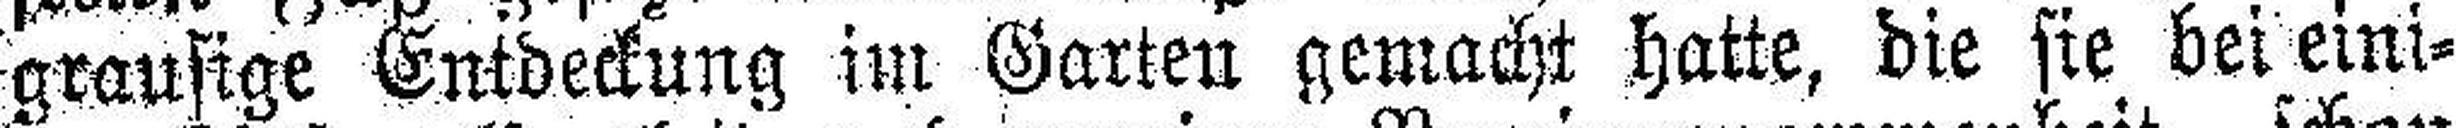
grausige Entdeckung im Garten gemacht hatte, die sie bei eini¬